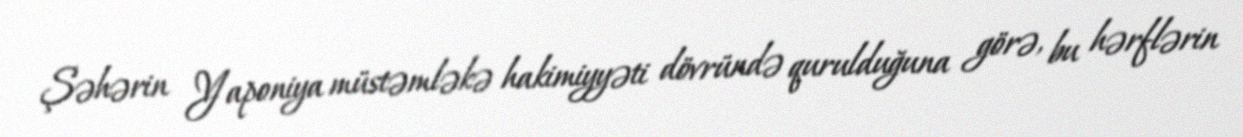
Şəhərin Yaponiya müstəmləkə hakimiyyəti dövründə qurulduğuna görə, bu hərflərin